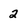
Character: 2